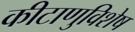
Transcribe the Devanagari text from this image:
कीटाणुविशेष